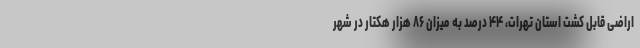
اراضی قابل کشت استان تهرات، ۴۴ درصد به میزان ۸۶ هزار هکتار در شهر